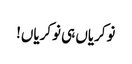
نوکریاں ہی نوکریاں!